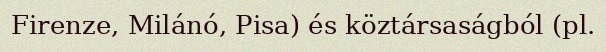
Firenze, Milánó, Pisa) és köztársaságból (pl.